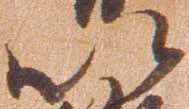
以